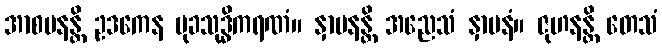
အာစမနန္တိ ဥဒကေန မုခသုဒ္ဓိကရဏံ။ နှာပနန္တိ အညေသံ နှာပနံ။ ဇုဟနန္တိ တေသံ